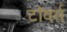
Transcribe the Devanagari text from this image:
टाॅवर्स